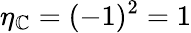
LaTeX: \eta_{\mathbb{C}}=(-1)^{2}=1